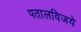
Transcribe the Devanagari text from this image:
पतालविजये